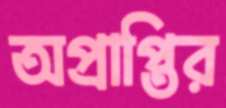
অপ্রাপ্তির